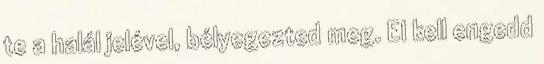
te a halál jelével, bélyegezted meg. El kell engedd